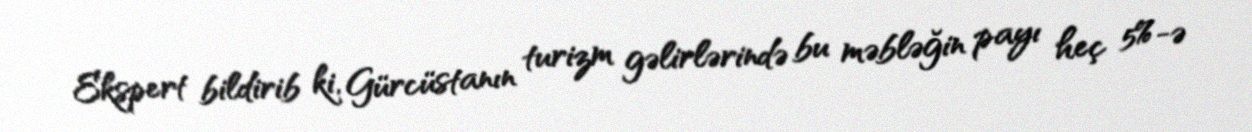
Ekspert bildirib ki, Gürcüstanın turizm gəlirlərində bu məbləğin payı heç 5%-ə